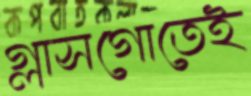
গ্লাসগোতেই